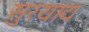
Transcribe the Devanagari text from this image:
सुरयाद्य